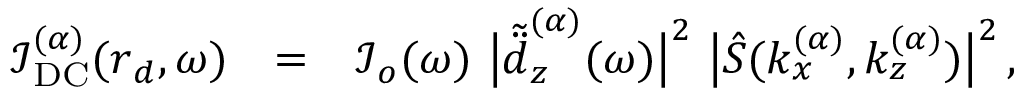
\begin{array} { r l r } { \boldsymbol { \mathcal { I } } _ { \mathrm { D C } } ^ { ( \alpha ) } ( \boldsymbol { r } _ { d } , \omega ) } & { = } & { \boldsymbol { \mathcal { I } } _ { o } ( \omega ) \, \, \big | \tilde { \ddot { d } } _ { z } ^ { ( \alpha ) } ( \omega ) \big | ^ { 2 } \, \, \big | \hat { S } ( k _ { x } ^ { ( \alpha ) } , k _ { z } ^ { ( \alpha ) } ) \big | ^ { 2 } \, , \quad \quad } \end{array}